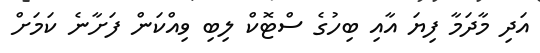
އަދި މާދަމާ ފިޔަ އާއި ބިހުގެ ސްޓޮކް ލިބި ވިއްކަން ފަށާނެ ކަމަށް